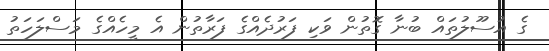
ގެ އުސޫލުތައް ބުނާ ގޮތުން ވަކި ފަރުދެއްގެ ފަރާތުން އެ މީހެއްގެ މަސްލަހަތު